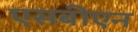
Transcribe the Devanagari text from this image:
एसबीएन